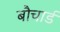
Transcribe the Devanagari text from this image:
बौचार्ड